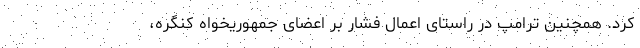
کرد. همچنین ترامپ در راستای اعمال فشار بر اعضای جمهوریخواه کنگره،